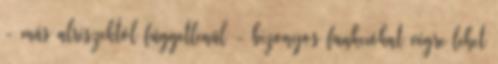
- más alrészektõl függetlenül - bizonyos funkciókat végre lehet